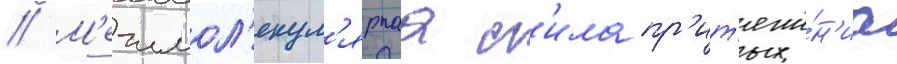
// М'ежмол'екул'ярнаа с'ила пр'ит'яже́н'иа